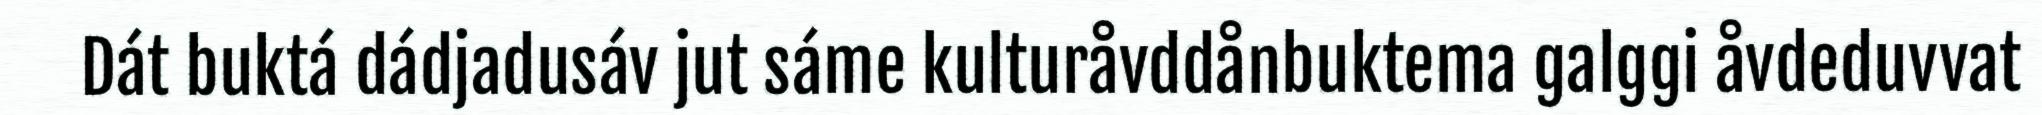
Dát buktá dádjadusáv jut sáme kulturåvddånbuktema galggi åvdeduvvat